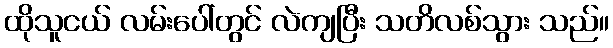
ထိုသူငယ် လမ်းပေါ်တွင် လဲကျပြီး သတိလစ်သွား သည်။